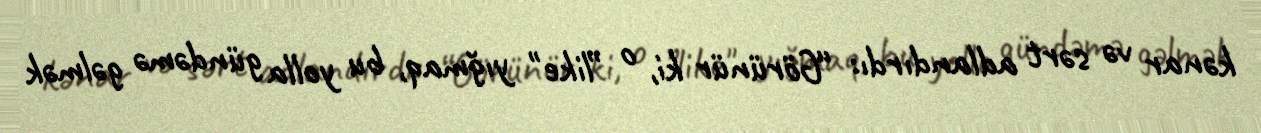
kənar və sərt adlandırdı: “Görünür ki, o ”like" yığmaq, bu yolla gündəmə gəlmək